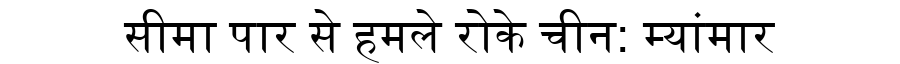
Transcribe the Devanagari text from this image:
सीमा पार से हमले रोके चीन: म्यांमार